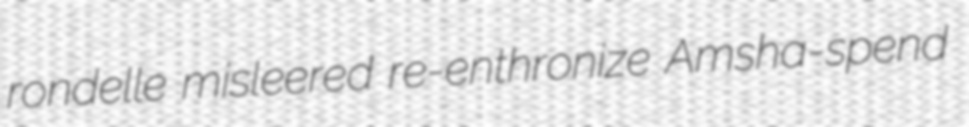
rondelle misleered re-enthronize Amsha-spend